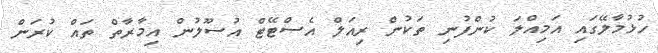
ހުޅުމާލޭގައި އަމިއްލަ ކުންފުނި ތަކުން ރިއަލް އެސްޓޭޓް އުސޫލުން އިމާރާތް ތައް ކުރަން